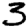
Digit: 3